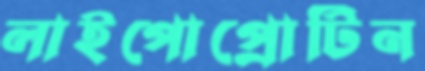
লাইপোপ্রোটিন